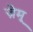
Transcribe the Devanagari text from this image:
ज़ेमू